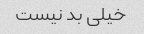
خیلی بد نیست